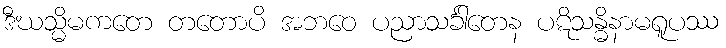
ဒီဃသ္မိမကတေ တတောပိ အဘဝေ ပညာသင်္ခါတေန ပဋိသန္ဓိနာမရူပဿ